Report on sanitation, dispensaries, and jails in Rajputana for 1918, and on vaccination for the year 1918-1919 - 1918-1919
Year: 1918
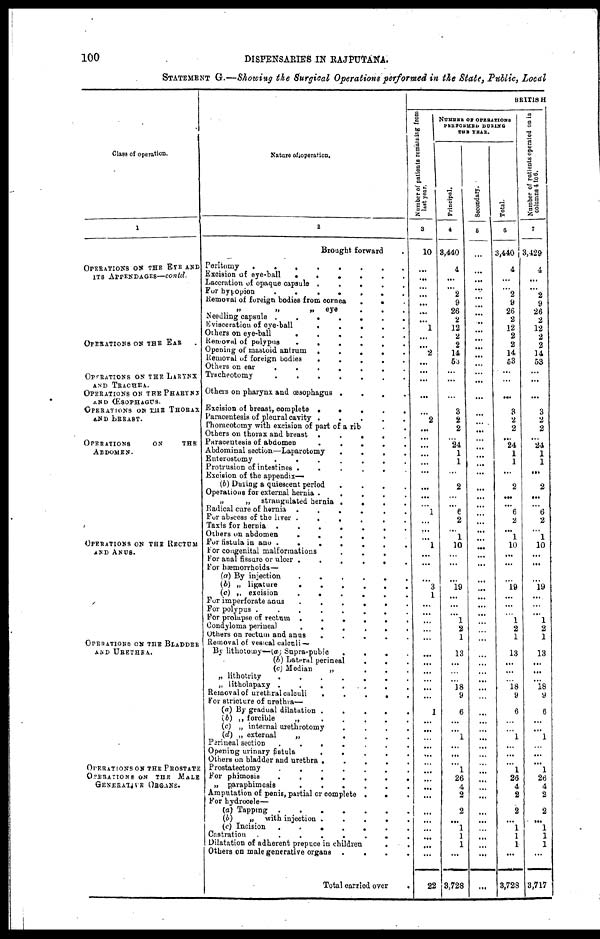
100
DISPENSARIES IN RAJPUTANA.
STATEMENT G.—Showing the Surgical Operations performed in the State, Public, Local
Class of operation.
1
OPERATIONS ON THE EYE AND
ITS APPENDAGES—contd.
OPERATIONS ON THE EAR .
OPERATIONS ON THE LARYNX
AND TRACHEA.
OPERATIONS ON THE PHARYNX
AND ŒSOPHAGUS.
OPERATIONS ON THE THORAX
AND BREAST.
OPERATIONS
ON
THE
ABDOMEN.
OPERATIONS ON THE RECTUM
AND ANUS.
OPERATIONS ON THE BLADDER
AND URETHRA.
OPERATIONS ON THE PROSTATE
OPERATIONS ON THE MALE
GENERATIVE ORGANS.
Nature of operation.
2
Brought forward .
Peritomy
........
Excision of eye-ball
......
Laceration of opaque capsule
.....
For
hypopion......
Removal of foreign bodies from cornea
...
„
„
„
eye
...
Needling capsule
.......
Evisceration of eye-ball
.....
Others on eye-ball
......
Removal of polypus
......
Opening of mastoid antrum
.....
Removal of foreign bodies
.....
Others on ear
.......
Tracheotomy
.......
Others on pharynx and œsophagus ....
Excision of breast, complete
.....
Paracentesis of pleural cavity
.....
Thoracotomy with excision of part of a rib ..
Others on thorax and breast
.....
Paracentesis of
abdomen.....
Abdominal section—Laparotomy
....
Enterostomy
.......
Protrusion of intestines
......
Excision of the appendix—
(b) During a quiescent period
....
Operations for external hernia
.....
„
„
strangulated hernia
....
Radical cure of hernia ......
For abscess of the liver
......
Taxis for hernia
.......
Others on abdomen
......
for fistula in ano
.......
For congenital malformations
...
For anal fissure or ulcer
......
For hæmorrhoids —
(a) By injection
......
(b) „ ligature
......
(c) „ excision
......
For imperforate anus......
For polypus
........
For prolapse of rectum
......
Condyloma perineal
......
Others on rectum and anus
.....
Removal of vesical calculi —
By lithotomy—(a) Supra-pubic
....
(b) Lateral perineal
...
(c) Median
„
...
„ lithotrity
.......
„ litholapaxy .......
Removal of urethral calculi
.....
For stricture of urethra—
(a) By gradual dilatation
.....
(b) „ forcible
„
.....
(c) „ internal urethrotomy
....
(d) „ external
„
....
Perineal section
.......
Opening urinary
fistula
.....
Others on bladder and urethra
.....
Prostateotomy
.......
For phimosis
.......
„ paraphimosis
......
Amputation of penis, partial or complete . . .
For hydrocele—
(a) Tapping
.
(b)
„
with injection
.....
(c) Incision
.......
Castration
.
.......
Dilatation of adherent prepuce in children . . .
Others on male generative organs
.
.
.
.
Total carried over .
BRITISH
Number of patients remaining from
last year.
3
10
...
...
...
...
...
...
...
1
...
...
2
...
...
...
...
...
2
...
...
...
...
...
...
...
...
...
1
...
...
...
1
...
...
...
3
1
...
...
...
...
...
...
...
...
...
...
...
1
...
...
...
...
...
...
...
...
...
...
...
...
...
...
...
...
22
NUMBER OF OPERATIONS
PERFORMED DURING
THE YEAR.
Principal.
4
3,440
4
...
...
2
9
26
2
12
2
2
14
53
...
...
...
3
2
2
...
24
1
1
...
2
...
...
6
2
...
1
10
...
...
...
19
...
...
...
1
2
1
13
...
...
...
18
9
6
...
...
1
...
...
...
1
26
4
2
2
...
1
1
1
...
3,728
Secondary.
5
...
...
...
...
...
...
...
...
...
...
...
...
...
...
...
...
...
...
...
...
...
...
...
...
...
...
...
...
...
...
...
...
...
...
...
...
...
...
...
...
...
...
...
...
...
...
...
...
...
...
...
...
...
...
...
...
...
...
...
...
...
...
...
...
...
...
Total.
6
3,440
4
...
...
2
9
26
2
12
2
2
14
53
...
...
...
3
2
2
...
24
1
1
...
2
...
...
6
2
...
1
10
...
...
...
19
...
...
...
1
2
1
13
...
...
...
18
9
6
...
...
1
...
...
...
1
26
4
2
2
...
1
1
1
...
3,728
N umber of patients operated on in
columns 4 to 6.
7
3,429
4
...
...
2
9
26
2
12
2
2
14
53
...
...
...
3
2
2
...
24
1
1
...
2
...
...
6
2
...
1
10
...
...
...
19
...
...
...
1
2
1
13
...
...
...
18
9
6
...
...
1
...
...
...
1
26
4
2
2
...
1
1
1
...
3,717